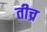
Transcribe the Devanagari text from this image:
तीच्र